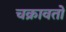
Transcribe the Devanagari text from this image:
चक्रावतो